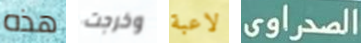
هذه وخرجت لاعبة الصحراوى